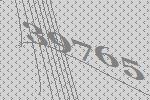
39765